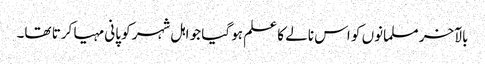
بالآخر مسلمانوں کو اس نالے کا علم ہو گیا جو اہل شہر کو پانی مہیا کرتا تھا۔